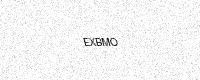
Text: EXBMO